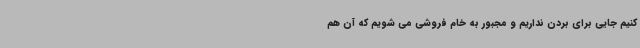
کنیم جایی برای بردن نداریم و مجبور به خام ‌فروشی می شویم که آن هم